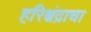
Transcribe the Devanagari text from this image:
हरिश्चंद्राचा